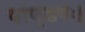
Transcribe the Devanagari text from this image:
पाण्डवः।